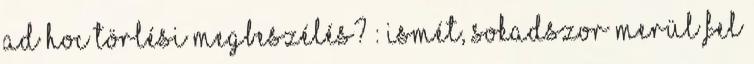
ad hoc törlési megbeszélés? : Ismét, sokadszor merül fel